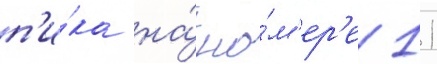
п'и́ка на́ но́м'ер'е 11